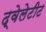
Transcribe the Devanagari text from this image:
द्वेलेटीट